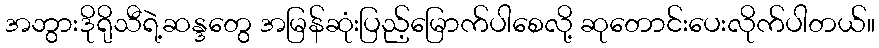
အဘွားဒိုရိုသီရဲ့ဆန္ဒတွေ အမြန်ဆုံးပြည့်မြောက်ပါစေလို့ ဆုတောင်းပေးလိုက်ပါတယ်။